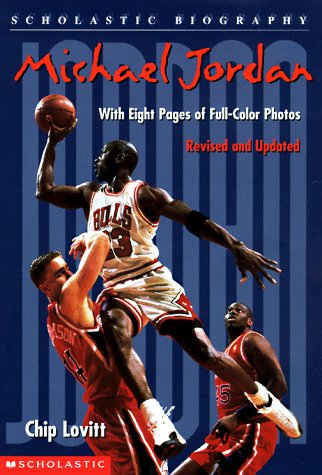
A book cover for Michael Jordan (Scholastic Biography); Chip Lovitt; Teen & Young Adult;